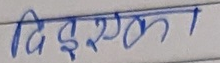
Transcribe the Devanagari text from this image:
दिइएका